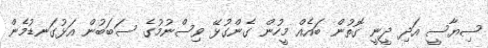
ސިޔާސީ އަދި ދީނީ ގޮތުން ބައެއް މީހުން ގެންގުޅޭ ވިސްނުމުގެ ސަބަބުން އަޅުގަނޑުމެން